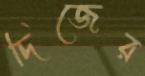
দিজের